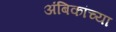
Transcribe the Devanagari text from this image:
अंबिकांच्या